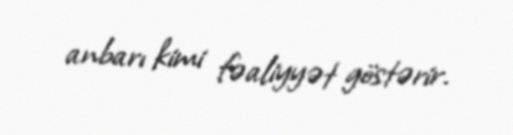
anbarı kimi fəaliyyət göstərir.